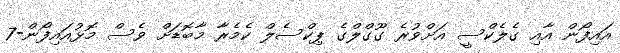
އައިފޯން އާއި ގެލެކްސީ އަށްވުރެ ގޫގްލްގެ ޕިކްސެލް ކެމެރާ މާބޮޑަށް ވެސް މޮޅުއައިފޯން-7